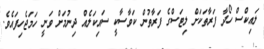
ލައިކްސް ހޯދާ ފަރާތަކަށް ލިޓަސްގެ ފަރާތުން ކަވާސާކީ ސައިކަލެއް ދިނުމަށް ވަނީ ހަމަޖެހިފައެވެ.